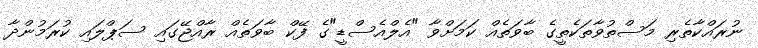
ނުރައްކާތެރި މަސްތުވާތަކެތީގެ ބާވަތެއް ކަމަށްވާ "އެލްއެސްޑީ"ގެ ފޭކް ބާވަތެއް ރާއްޖޭގައި ސަޕްލައި ކުރަމުންދާ